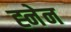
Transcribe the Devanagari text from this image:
ह्नेन